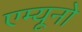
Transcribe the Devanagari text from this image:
एम्यूनो